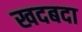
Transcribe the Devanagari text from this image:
खदबदा